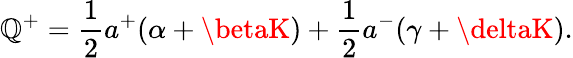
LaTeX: \mathbb{Q}^{+}=\frac{{1}}{{2}}a^{+}(\alpha+\betaK)+\frac{{1}}{{2}}a^{-}(\gamma+\deltaK).